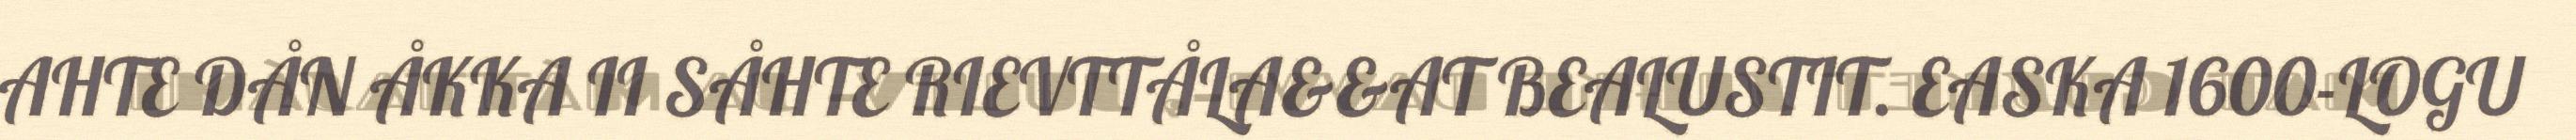
AHTE DÅN ÅKKA II SÅHTE RIEVTTÅLA&&AT BEALUSTIT. EASKA 1600-LOGU